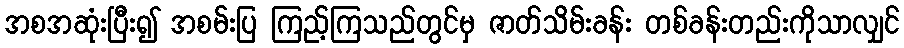
အစအဆုံးပြီး၍ အစမ်းပြ ကြည့်ကြသည်တွင်မှ ဇာတ်သိမ်းခန်း တစ်ခန်းတည်းကိုသာလျှင်